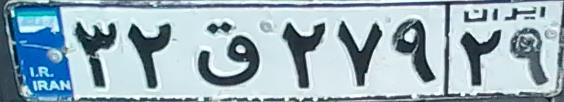
۳۲ق۲۷۹۲۹